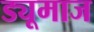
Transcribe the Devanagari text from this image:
ड्यूमाज